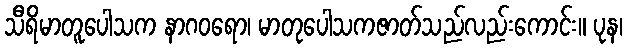
သီရိမာတူပေါသက နာဂဝရော၊ မာတုပေါသကဇာတ်သည်လည်းကောင်း။ ပုန၊